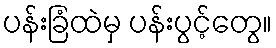
ပန်းခြံထဲမှ ပန်းပွင့်တွေ။